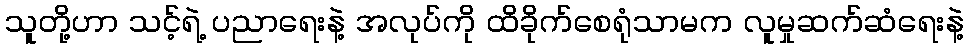
သူတို့ဟာ သင့်ရဲ့ ပညာရေးနဲ့ အလုပ်ကို ထိခိုက်စေရုံသာမက လူမှုဆက်ဆံရေးနဲ့